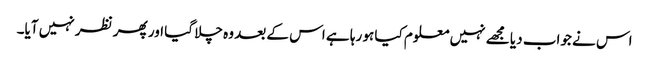
اس نے جواب دیا مجھے نہیں معلوم کیا ہو رہا ہے اس کے بعد وہ چلا گیا اور پھر نظر نہیں آیا۔